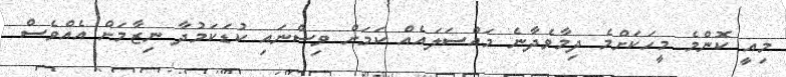
މިއީ ކޮންމެ މީހަކަށްމެ ދިމާވެދާނެ މައްސަލައެއް ކަމަށް ވިސްނައި ކުޑަކަމުދާ ނިޒާމަށް އެއްވެސް